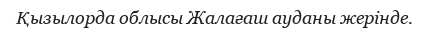
Қызылорда облысы Жалағаш ауданы жерінде.